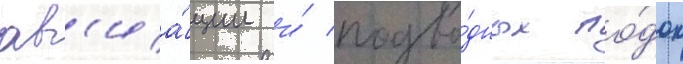
ав'иа́ции и́ подво́дных ло́док